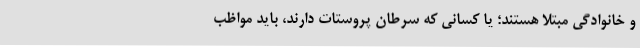
و خانوادگی مبتلا هستند؛ یا کسانی که سرطان پروستات دارند، باید مواظب